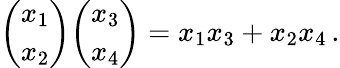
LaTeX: {\binom{x_{1}}{x_{2}}}{\binom{x_{3}}{x_{4}}}=x_{1}x_{3}+x_{2}x_{4}\, .